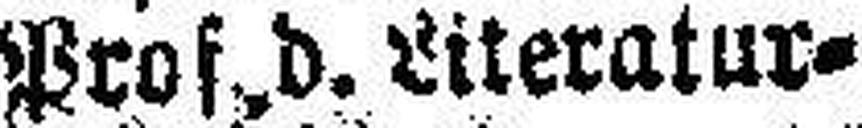
Prod. d. Literatur¬